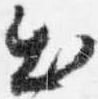
出